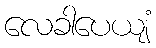
လေခါပေယျံ